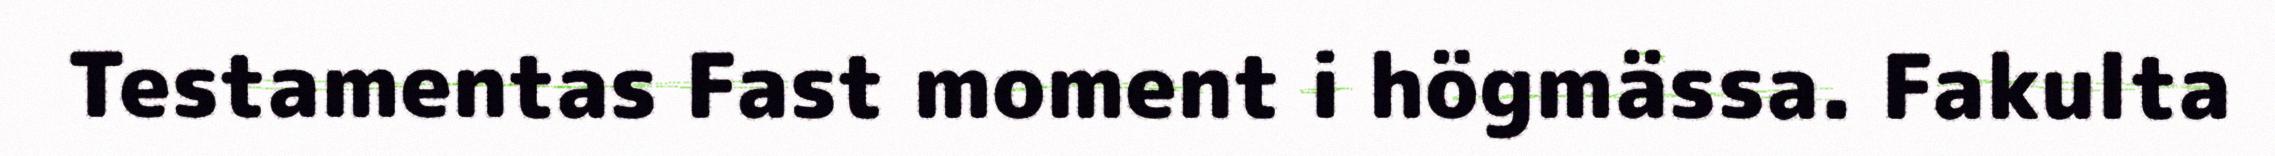
Testamentas Fast moment i högmässa. Fakulta